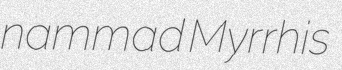
nammad Myrrhis